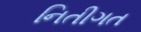
નિતીગત